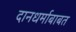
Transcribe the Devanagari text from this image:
दानधर्माबाबत